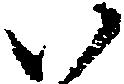
い